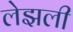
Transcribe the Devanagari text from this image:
लेझली